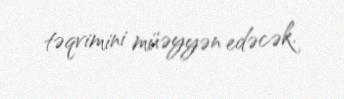
təqvimini müəyyən edəcək.